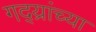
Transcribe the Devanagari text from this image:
गद्य्रांच्या